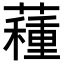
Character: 𧀑